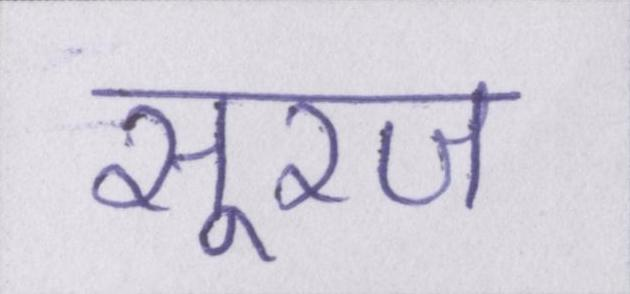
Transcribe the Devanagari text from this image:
सूरज